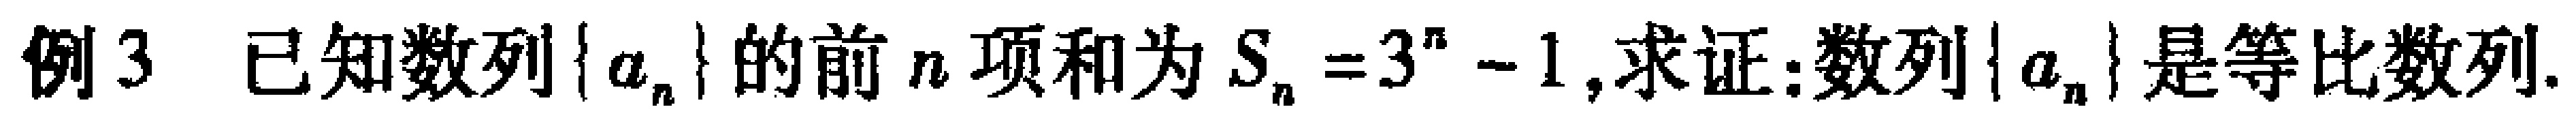
例3 已知数列\(\{a_{n}\}\)的前\(n\)项和为\(S_{n}=3^{n}-1\),求证:数列\(\{a_{n}\}\)是等比数列.